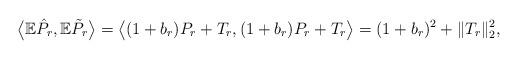
LaTeX: \begin{align*}\bigl \langle \mathbb E \hat P_r , \mathbb E \tilde P_r \bigr\rangle &= \bigl \langle \mathbb (1+b_r) P_r + T_r , (1+b_r) P_r + T_r\bigr\rangle = (1+b_r)^2 + \|T_r\|_2^2,\end{align*}